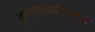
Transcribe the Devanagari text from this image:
कुलनाशाबरोबरच